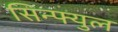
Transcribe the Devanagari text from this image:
सिन्फ्युल